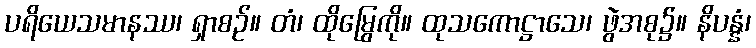
ပရိယေသမာနဿ၊ ရှာစဉ်။ တံ၊ ထိုမြွေကို။ ထုသကောဋ္ဌာသေ၊ ဖွဲအစု၌။ နိပန္နံ၊